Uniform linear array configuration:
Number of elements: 4
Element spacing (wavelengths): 0.75
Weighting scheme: cosine
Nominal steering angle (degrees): -15
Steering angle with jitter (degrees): -13.462
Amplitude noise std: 0.05
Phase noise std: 0.05

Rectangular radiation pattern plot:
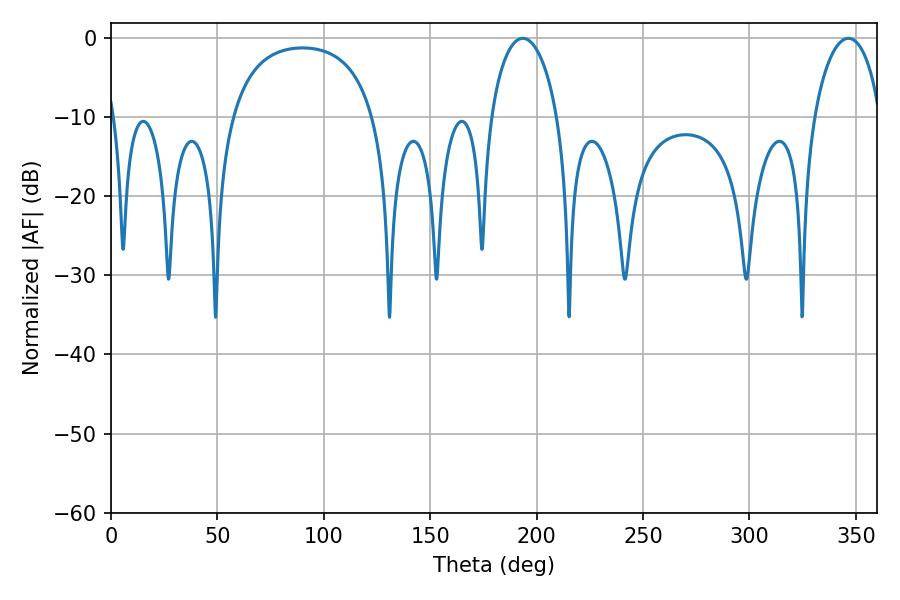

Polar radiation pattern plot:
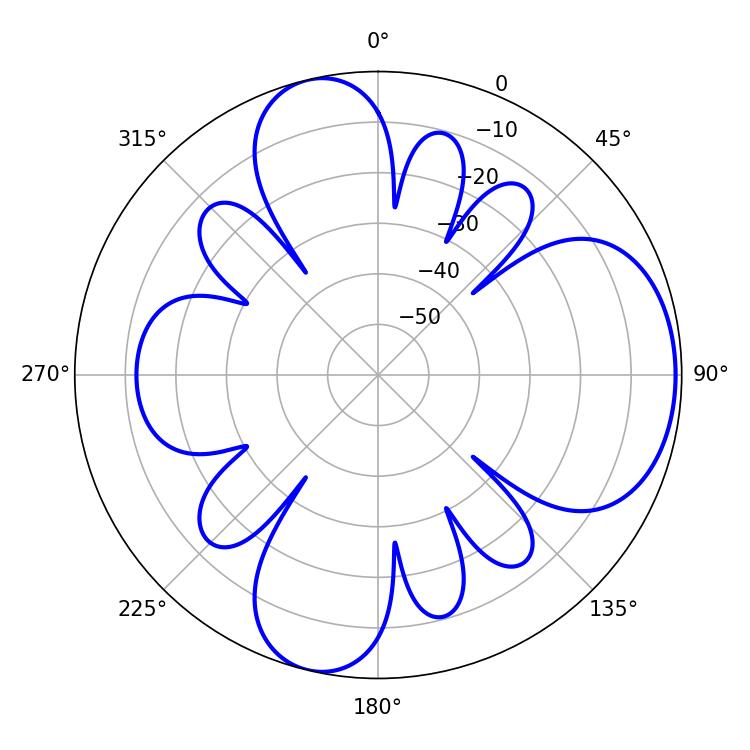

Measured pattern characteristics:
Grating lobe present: TRUE
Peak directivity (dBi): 7.119
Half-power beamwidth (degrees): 18
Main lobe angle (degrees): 193.5